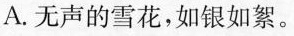
A. 无声的雪花，如银如絮。